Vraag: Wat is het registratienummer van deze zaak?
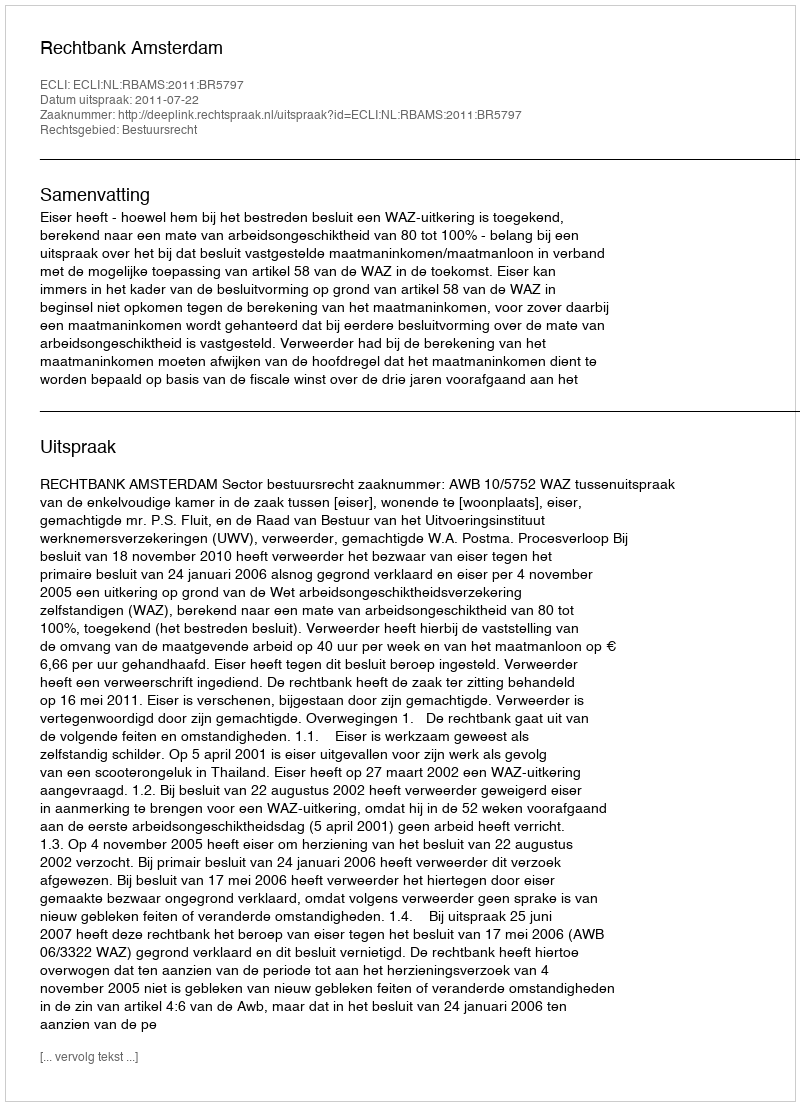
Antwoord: http://deeplink.rechtspraak.nl/uitspraak?id=ECLI:NL:RBAMS:2011:BR5797